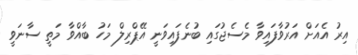
އިރު އެއަށް އަރުވާފައިވާ މެސެޖުގައި ބުނެފައިވަނީ އޭޕްރިލް މަހު ބާއްވާ މަތީ ސާނަވީ